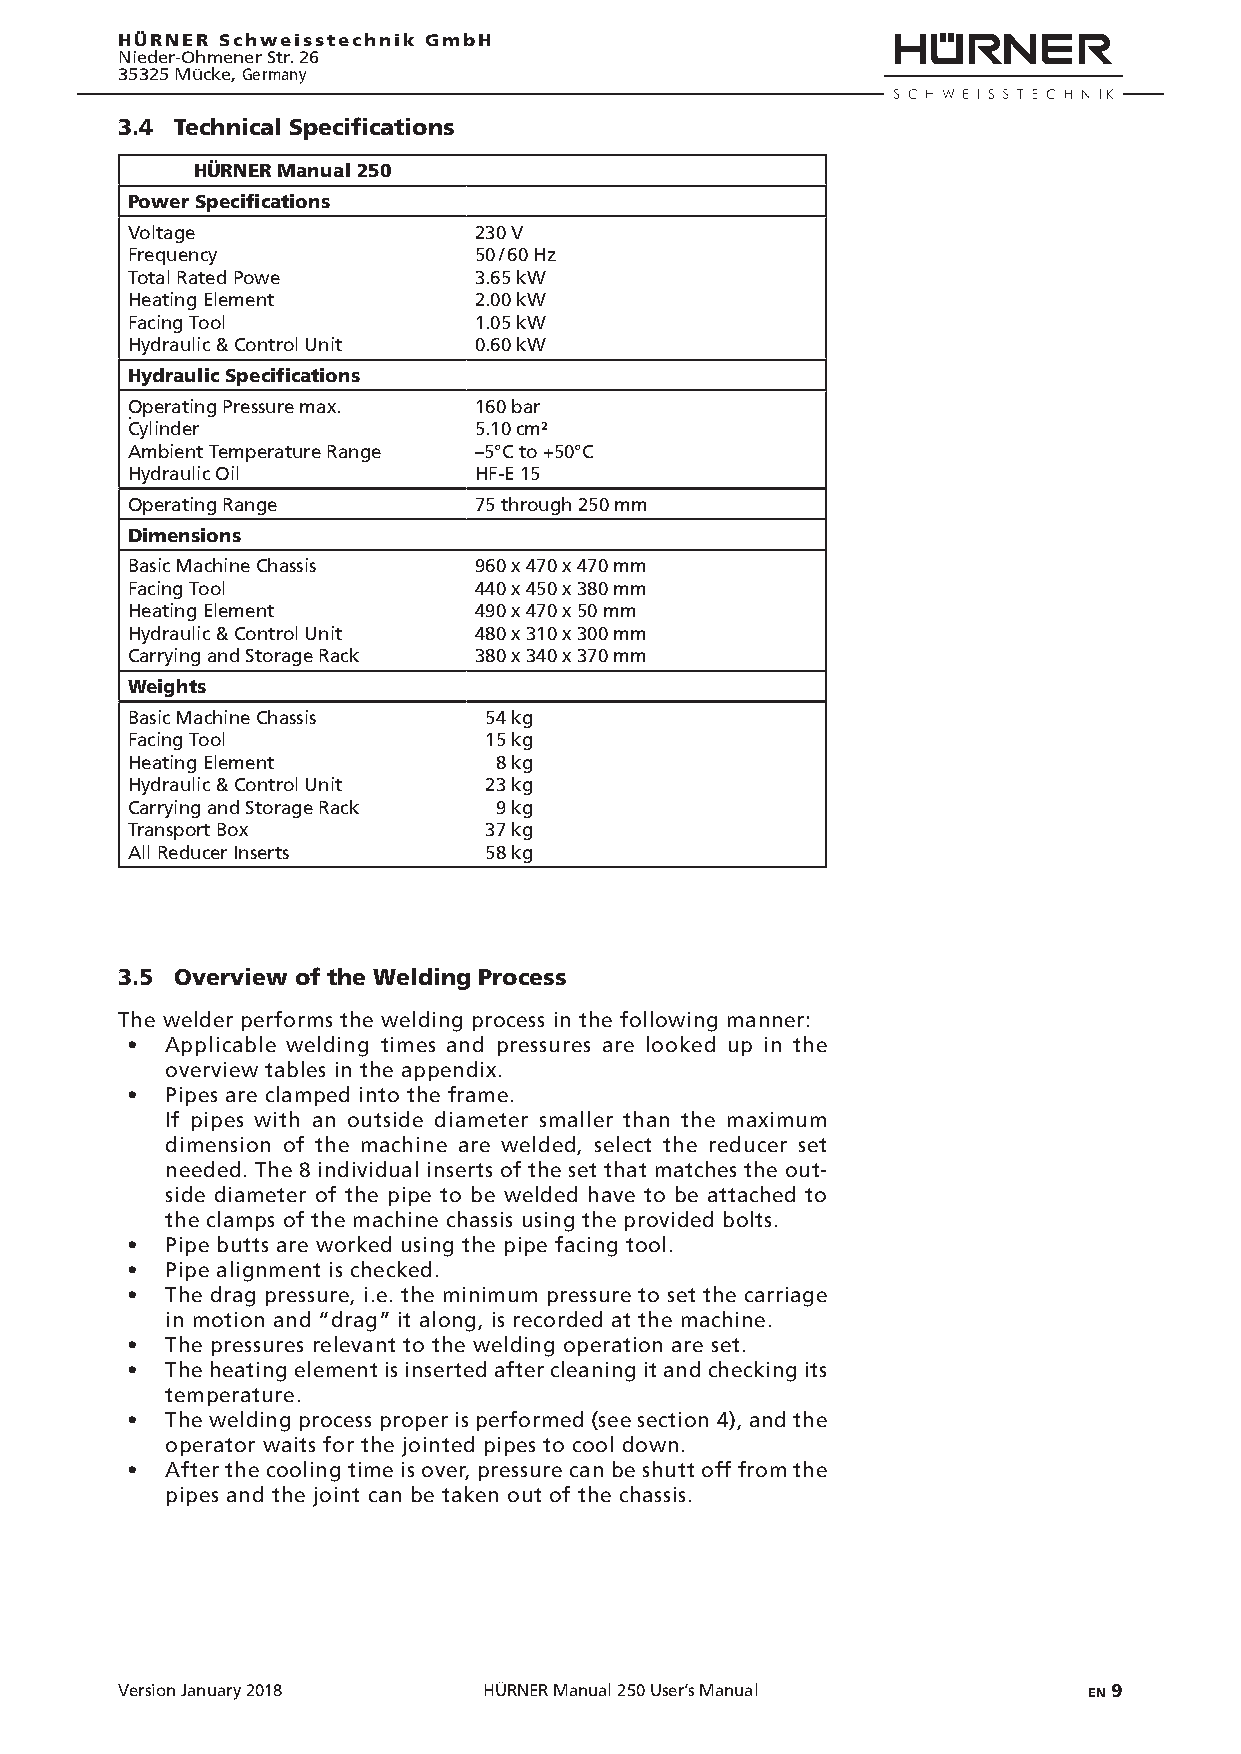
HÜRNER Schweisstechnik GmbH
 Nieder-Ohmener Str. 26
 35325 Mücke, Germany
 3.4 Technical Specifications
 HÜRNER Manual 250
 Power Specifications
 Voltage                230 V
 Frequency              50 / 60 Hz
 Total Rated Powe       3.65 kW
 Heating Element        2.00 kW
 Facing Tool            1.05 kW
 Hydraulic & Control Unit 0.60 kW
 Hydraulic Specifications
 Operating Pressure max. 160 bar
 .
 Cylinder               5.10 cm²
 Ambient Temperature Range –5°C to +50°C
 Hydraulic Oil          HF-E 15
 Operating Range        75 through 250 mm
 Dimensions
 Basic Machine Chassis  960 x 470 x 470 mm
 Facing Tool            440 x 450 x 380 mm
 Heating Element        490 x 470 x 50 mm
 Hydraulic & Control Unit 480 x 310 x 300 mm
 Carrying and Storage Rack 380 x 340 x 370 mm
 Weights
 Basic Machine Chassis   54 kg
 Facing Tool             15 kg
 Heating Element          8 kg
 Hydraulic & Control Unit 23 kg
 Carrying and Storage Rack 9 kg
 Transport Box           37 kg
 All Reducer Inserts     58 kg
 3.5 Overview of the Welding Process
 The welder performs the welding process in the following manner:
 •  Applicable welding times and pressures are looked up in the
 overview tables in the appendix.
 •  Pipes are clamped into the frame.
 If pipes with an outside diameter smaller than the maximum
 dimension of the machine are welded, select the reducer set
 needed. The 8 individual inserts of the set that matches the out-
 side diameter of the pipe to be welded have to be attached to
 the clamps of the machine chassis using the provided bolts.
 •  Pipe butts are worked using the pipe facing tool.
 •  Pipe alignment is checked.
 •  The drag pressure, i.e. the minimum pressure to set the carriage
 in motion and “drag” it along, is recorded at the machine.
 •  The pressures relevant to the welding operation are set.
 •  The heating element is inserted after cleaning it and checking its
 temperature.
 •  The welding process proper is performed (see section 4), and the
 operator waits for the jointed pipes to cool down.
 •  After the cooling time is over, pressure can be shutt off from the
 pipes and the joint can be taken out of the chassis.
 Version January 2018    HÜRNER Manual 250 User’s Manual         EN 9